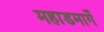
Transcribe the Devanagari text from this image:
महाडमार्गे